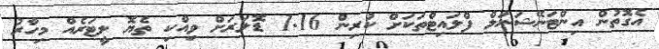
އެގޮތުން އިންޓަނޭޝަނަލް ފްލައިޓްތަކަށް ކުރިން 1.16 ޑޮލަރަށް ވިއްކި ތެޔޮ ލީޓަރެއް މިހާރު